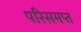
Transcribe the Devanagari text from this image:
परिसमप्‍त